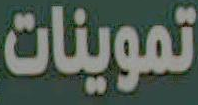
تموينات